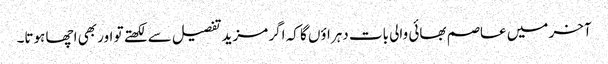
آخر میں عاصم بھائی والی بات دہراؤں گا کہ اگر مزید تفصیل سے لکھتے تو اور بھی اچھا ہوتا۔